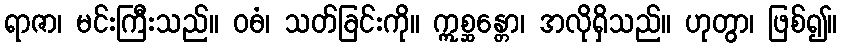
ရာဇာ၊ မင်းကြီးသည်။ ဝဓံ၊ သတ်ခြင်းကို။ ဣစ္ဆန္တော၊ အလိုရှိသည်။ ဟုတွာ၊ ဖြစ်၍။